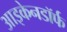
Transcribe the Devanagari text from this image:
आइकेनडॉर्फ